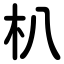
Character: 朳